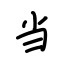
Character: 当